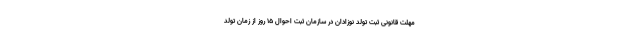
مهلت قانونی ثبت تولد نوزادان در سازمان ثبت احوال ۱۵ روز از زمان تولد